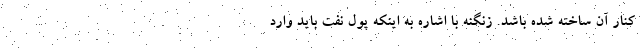
کنار آن ساخته شده باشد. زنگنه با اشاره به اینکه پول نفت باید وارد